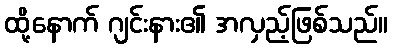
ထို့နောက် ဂျင်းနား၏ အလှည့်ဖြစ်သည်။